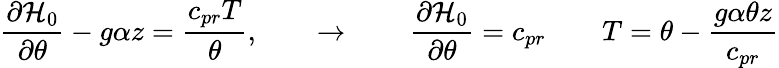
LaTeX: \frac{\partial{\cal H}_{0}}{\partial\theta}-g\alpha z=\frac{c_{pr}T}{\theta},\qquad\rightarrow\qquad\frac{\partial{\cal H}_{0}}{\partial\theta}=c_{pr}\qquad T=\theta-\frac{g\alpha\theta z}{c_{pr}}